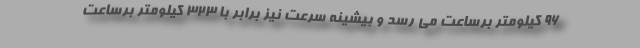
96 کیلومتر برساعت می رسد و بیشینه سرعت نیز برابر با 323 کیلومتر برساعت